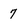
Character: 7